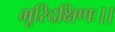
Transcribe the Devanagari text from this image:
भूरिदक्षिणः।।